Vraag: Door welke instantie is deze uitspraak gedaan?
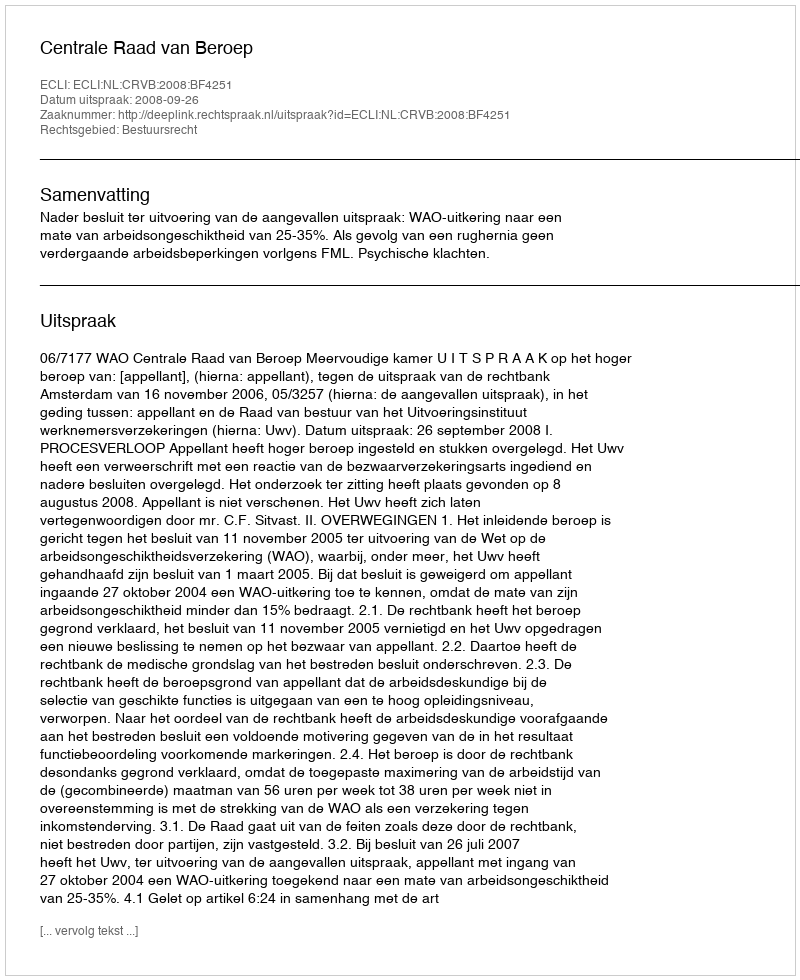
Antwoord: Centrale Raad van Beroep